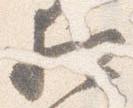
相